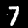
Label: 7